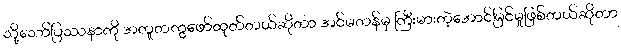
သို့သော်ပြဿနာကို အတူတကွဖော်ထုတ်တယ်ဆိုတာ အင်မတန်မှ ကြီးမားတဲ့အောင်မြင်မှုဖြစ်တယ်ဆိုတာ